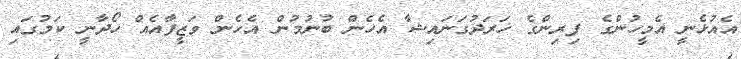
އެއުޅެނީ އެމީހުންގެ ފިރިންގެ ޚަރަދުގަނަައިޝާ އެހެން ބުނުމުން އެހެން ވަޒީފާއެއް ހޯދާނީ ކަމުގައި